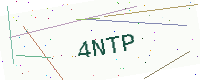
Text: 4NTP